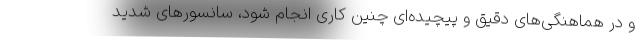
و در هماهنگی‌های دقیق و پیچیده‌ای چنین کاری انجام شود، سانسورهای شدید